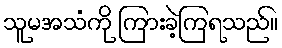
သူမအသံကို ကြားခဲ့ကြရသည်။